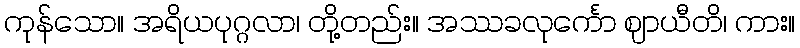
ကုန်သော။ အရိယပုဂ္ဂလာ၊ တို့တည်း။ အဿခလုင်္ကော ဈာယီတိ၊ ကား။